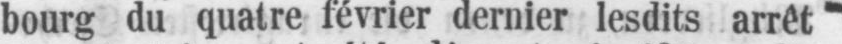
bourg du quatre février dernier lesdits arrêt